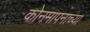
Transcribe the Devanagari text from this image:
कोनमापनाच्या